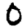
Digit: 0